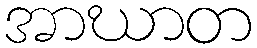
အာဃာတ